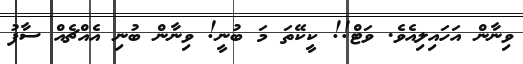
ވިނާން އަހައިލިއެވެ. ވަޓް!! ކީކޭތަ މަ ބުނީ! ވިނާން ބުނި އެއްޗެއް ސާފު